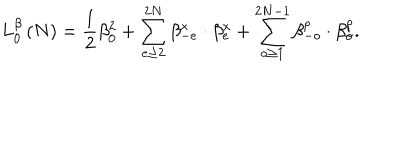
L _ { 0 } ^ { \beta } \left( N \right) = \frac { 1 } { 2 } \beta _ { 0 } ^ { 2 } + \sum _ { e \geq 2 } ^ { 2 N } \beta _ { - e } ^ { x } \cdot \beta _ { e } ^ { x } + \sum _ { o \geq 1 } ^ { 2 N - 1 } \beta _ { - o } ^ { p } \cdot \beta _ { o } ^ { p } .